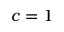
c = 1